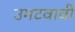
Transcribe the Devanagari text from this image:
उमटवावी